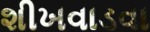
શીખવાડવા